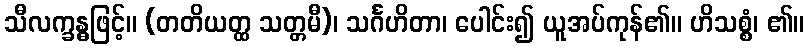
သီလက္ခန္ဓဖြင့်။ (တတိယတ္ထ သတ္တမီ)၊ သင်္ဂဟိတာ၊ ပေါင်း၍ ယူအပ်ကုန်၏။ ဟိသစ္စံ၊ ၏။